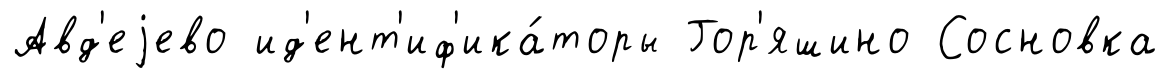
Авд'еjево ид'ент'иф'ика́торы Гор'яшино Сосновка